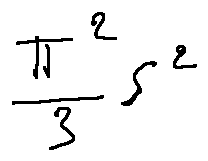
\frac { \pi ^ { 2 } } { 3 } s ^ { 2 }